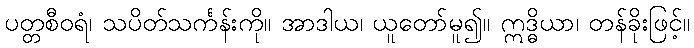
ပတ္တစီဝရံ၊ သပိတ်သင်္ကန်းကို။ အာဒါယ၊ ယူတော်မူ၍။ ဣဒ္ဓိယာ၊ တန်ခိုးဖြင့်။